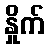
နှိုက်